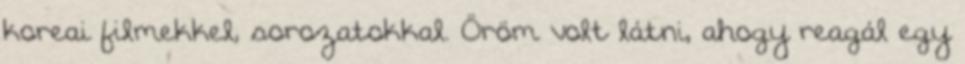
koreai filmekkel, sorozatokkal. Öröm volt látni, ahogy reagál egy